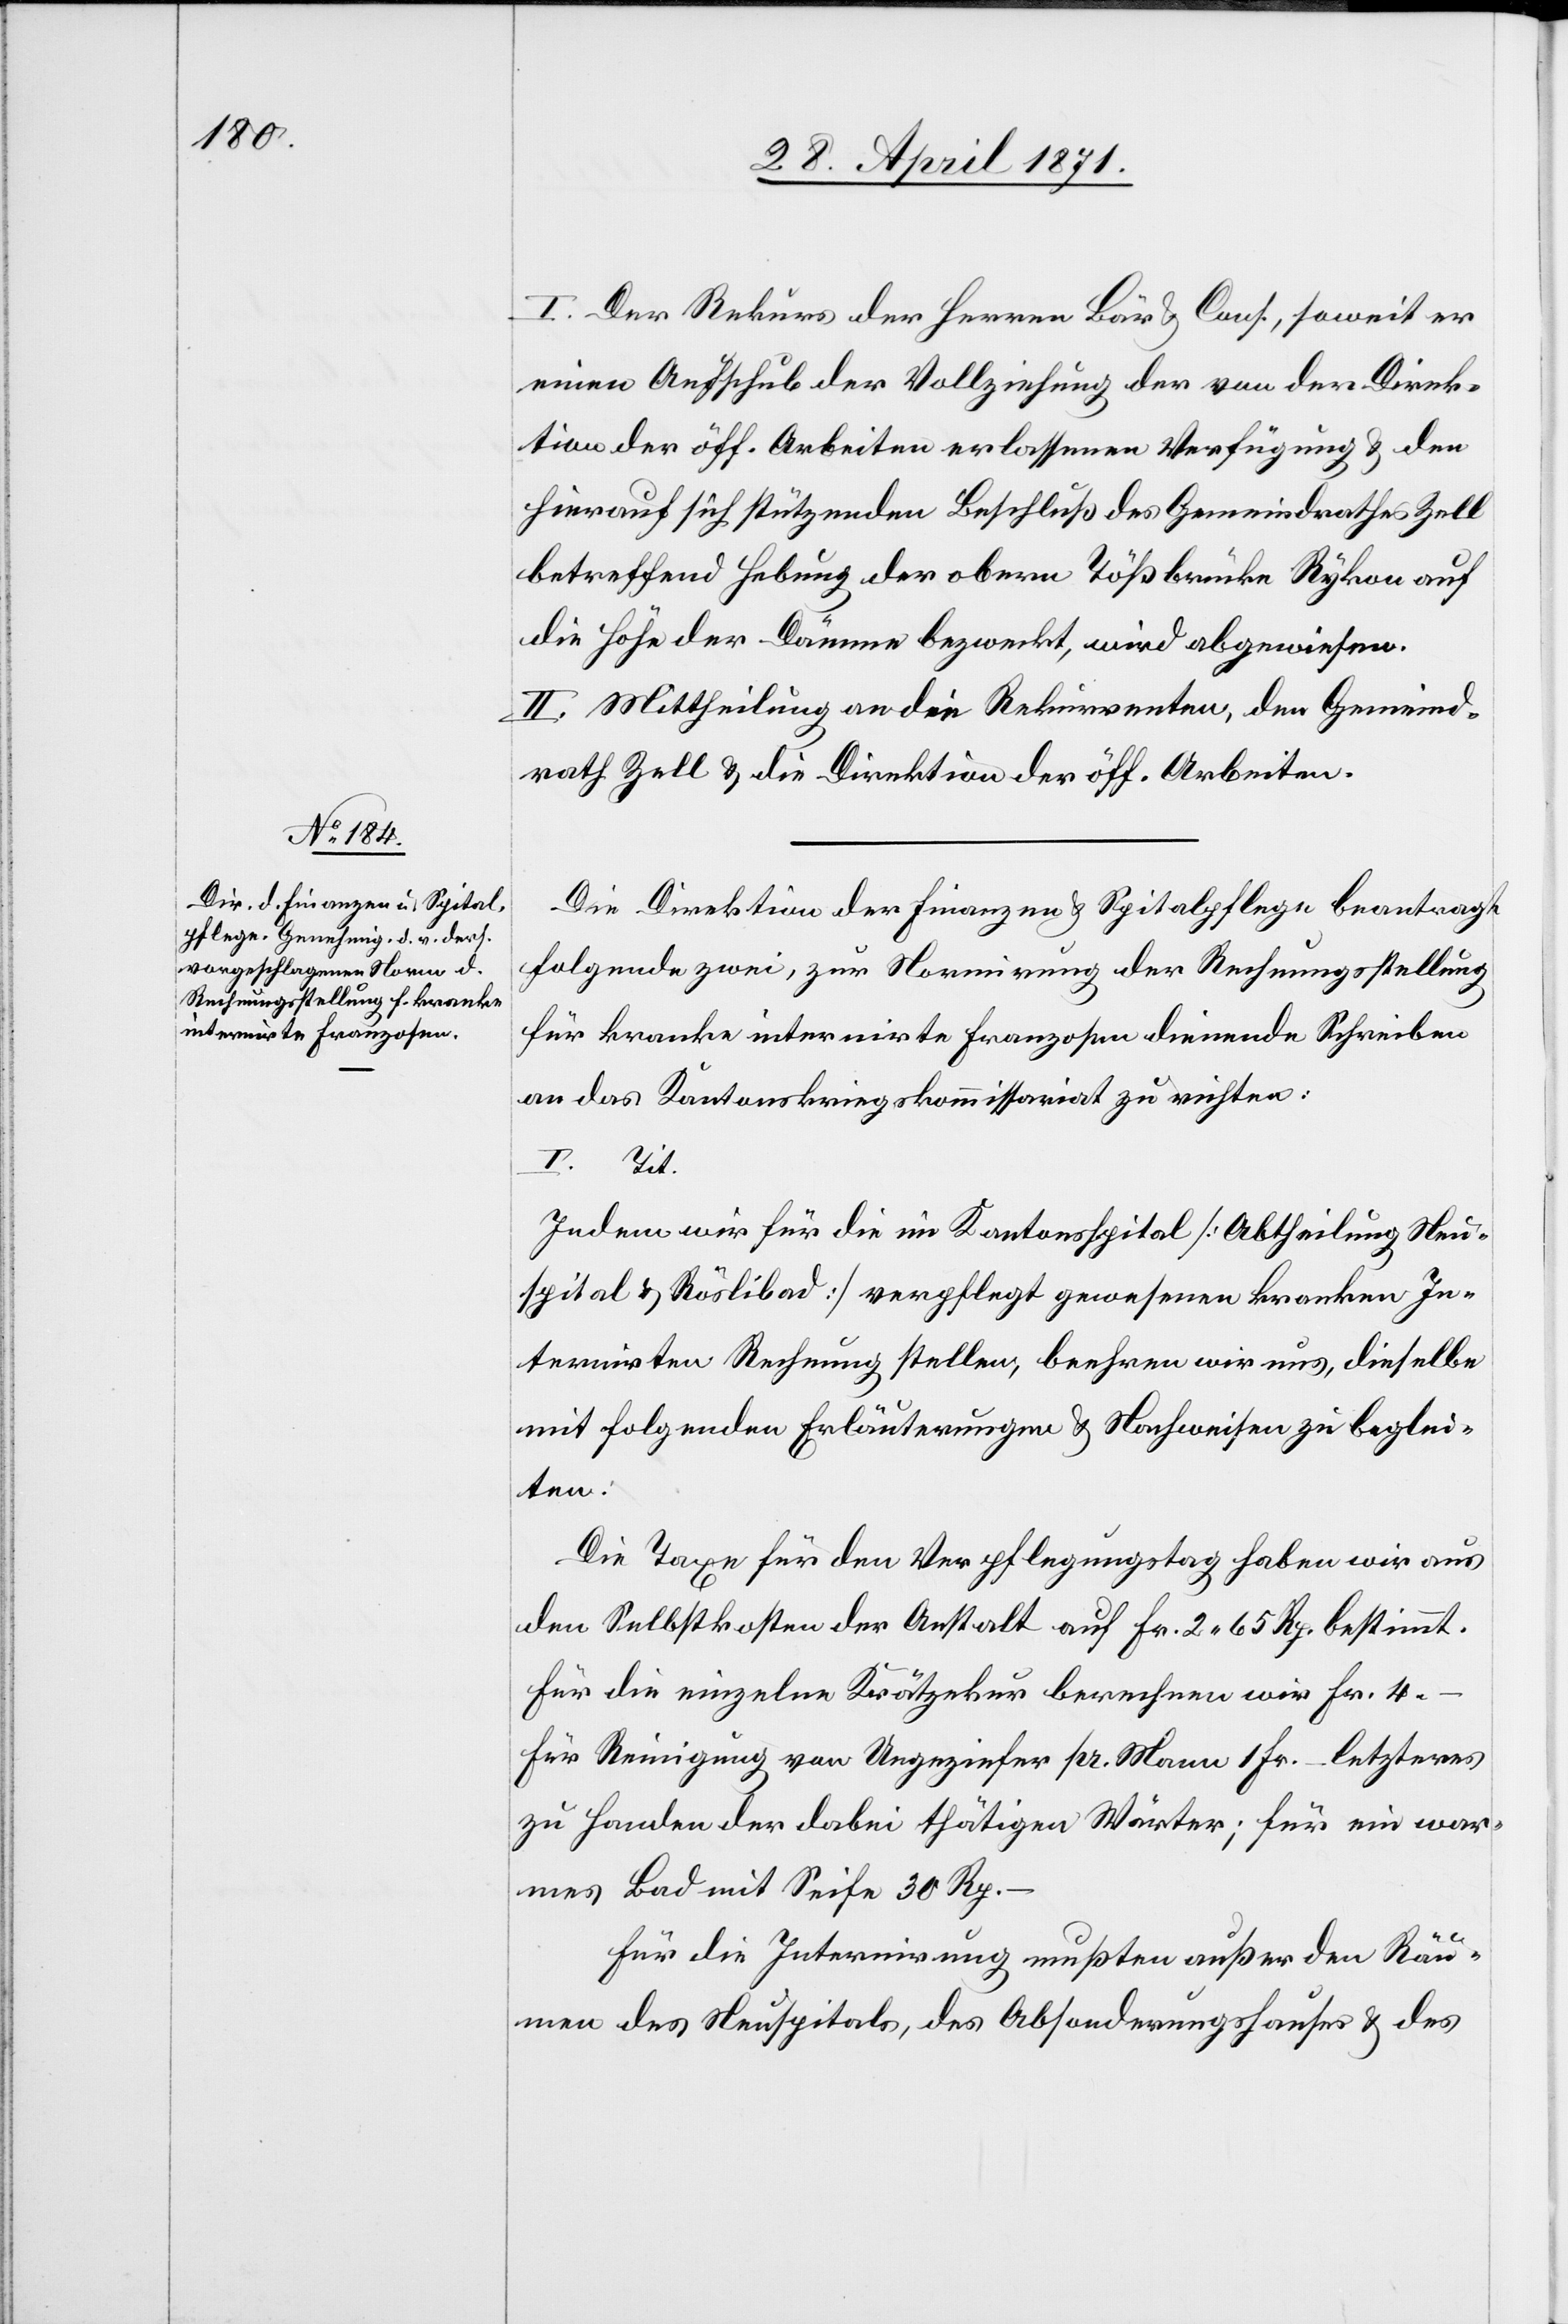
I. Der Rekurs der Herren Bär u. Cons., soweit er
einen Aufschub der Vollziehung der von der Direk¬
tion der öff. Arbeiten erlassenen Verfügung u. den
hierauf sich stützenden Beschluß des Gemeindrathes Zell
betreffend Hebung der obern Tößbrücke Rykon auf
die Höhe der Dämme bezweckt, wird abgewiesen.
II. Mittheilung an die Rekurrenten, den Gemeind¬
rath Zell u. die Direktion der öff. Arbeiten.
Die Direktion der Finanzen u. Spitalpflege beantragt
folgende zwei, zur Normirung der Rechnungsstellung
für kranke internirte Franzosen dienende Schreiben
an das Kantonskriegskommissariat zu richten:
I. Tit.
Indem wir für die im Kantonsspital [Abtheilung Neu¬
spital u. Röslibad] verpflegt gewesenen kranken In¬
ternirten Rechnung stellen, beehren wir uns, dieselbe
mit folgenden Erläuterung u. Nachweisen zu beglei¬
ten:
Die Taxe für den Verpflegungstag haben wir aus
den Selbstkosten der Anstalt auf Fr. 2.65 Rp. bestimmt.
Für die einzelne Krätzekur berechnen wir Fr. 4.–
für Reinigung von Ungeziefer pr. Mann 1 Fr.– letzteres
zu Handen der dabei thätigen Wärter; für ein war¬
mes Bad mit Seife 30 Rp.–
Für die Internirung mußten außer den Räu¬
men des Neuspitals, des Absonderungshauses u. des